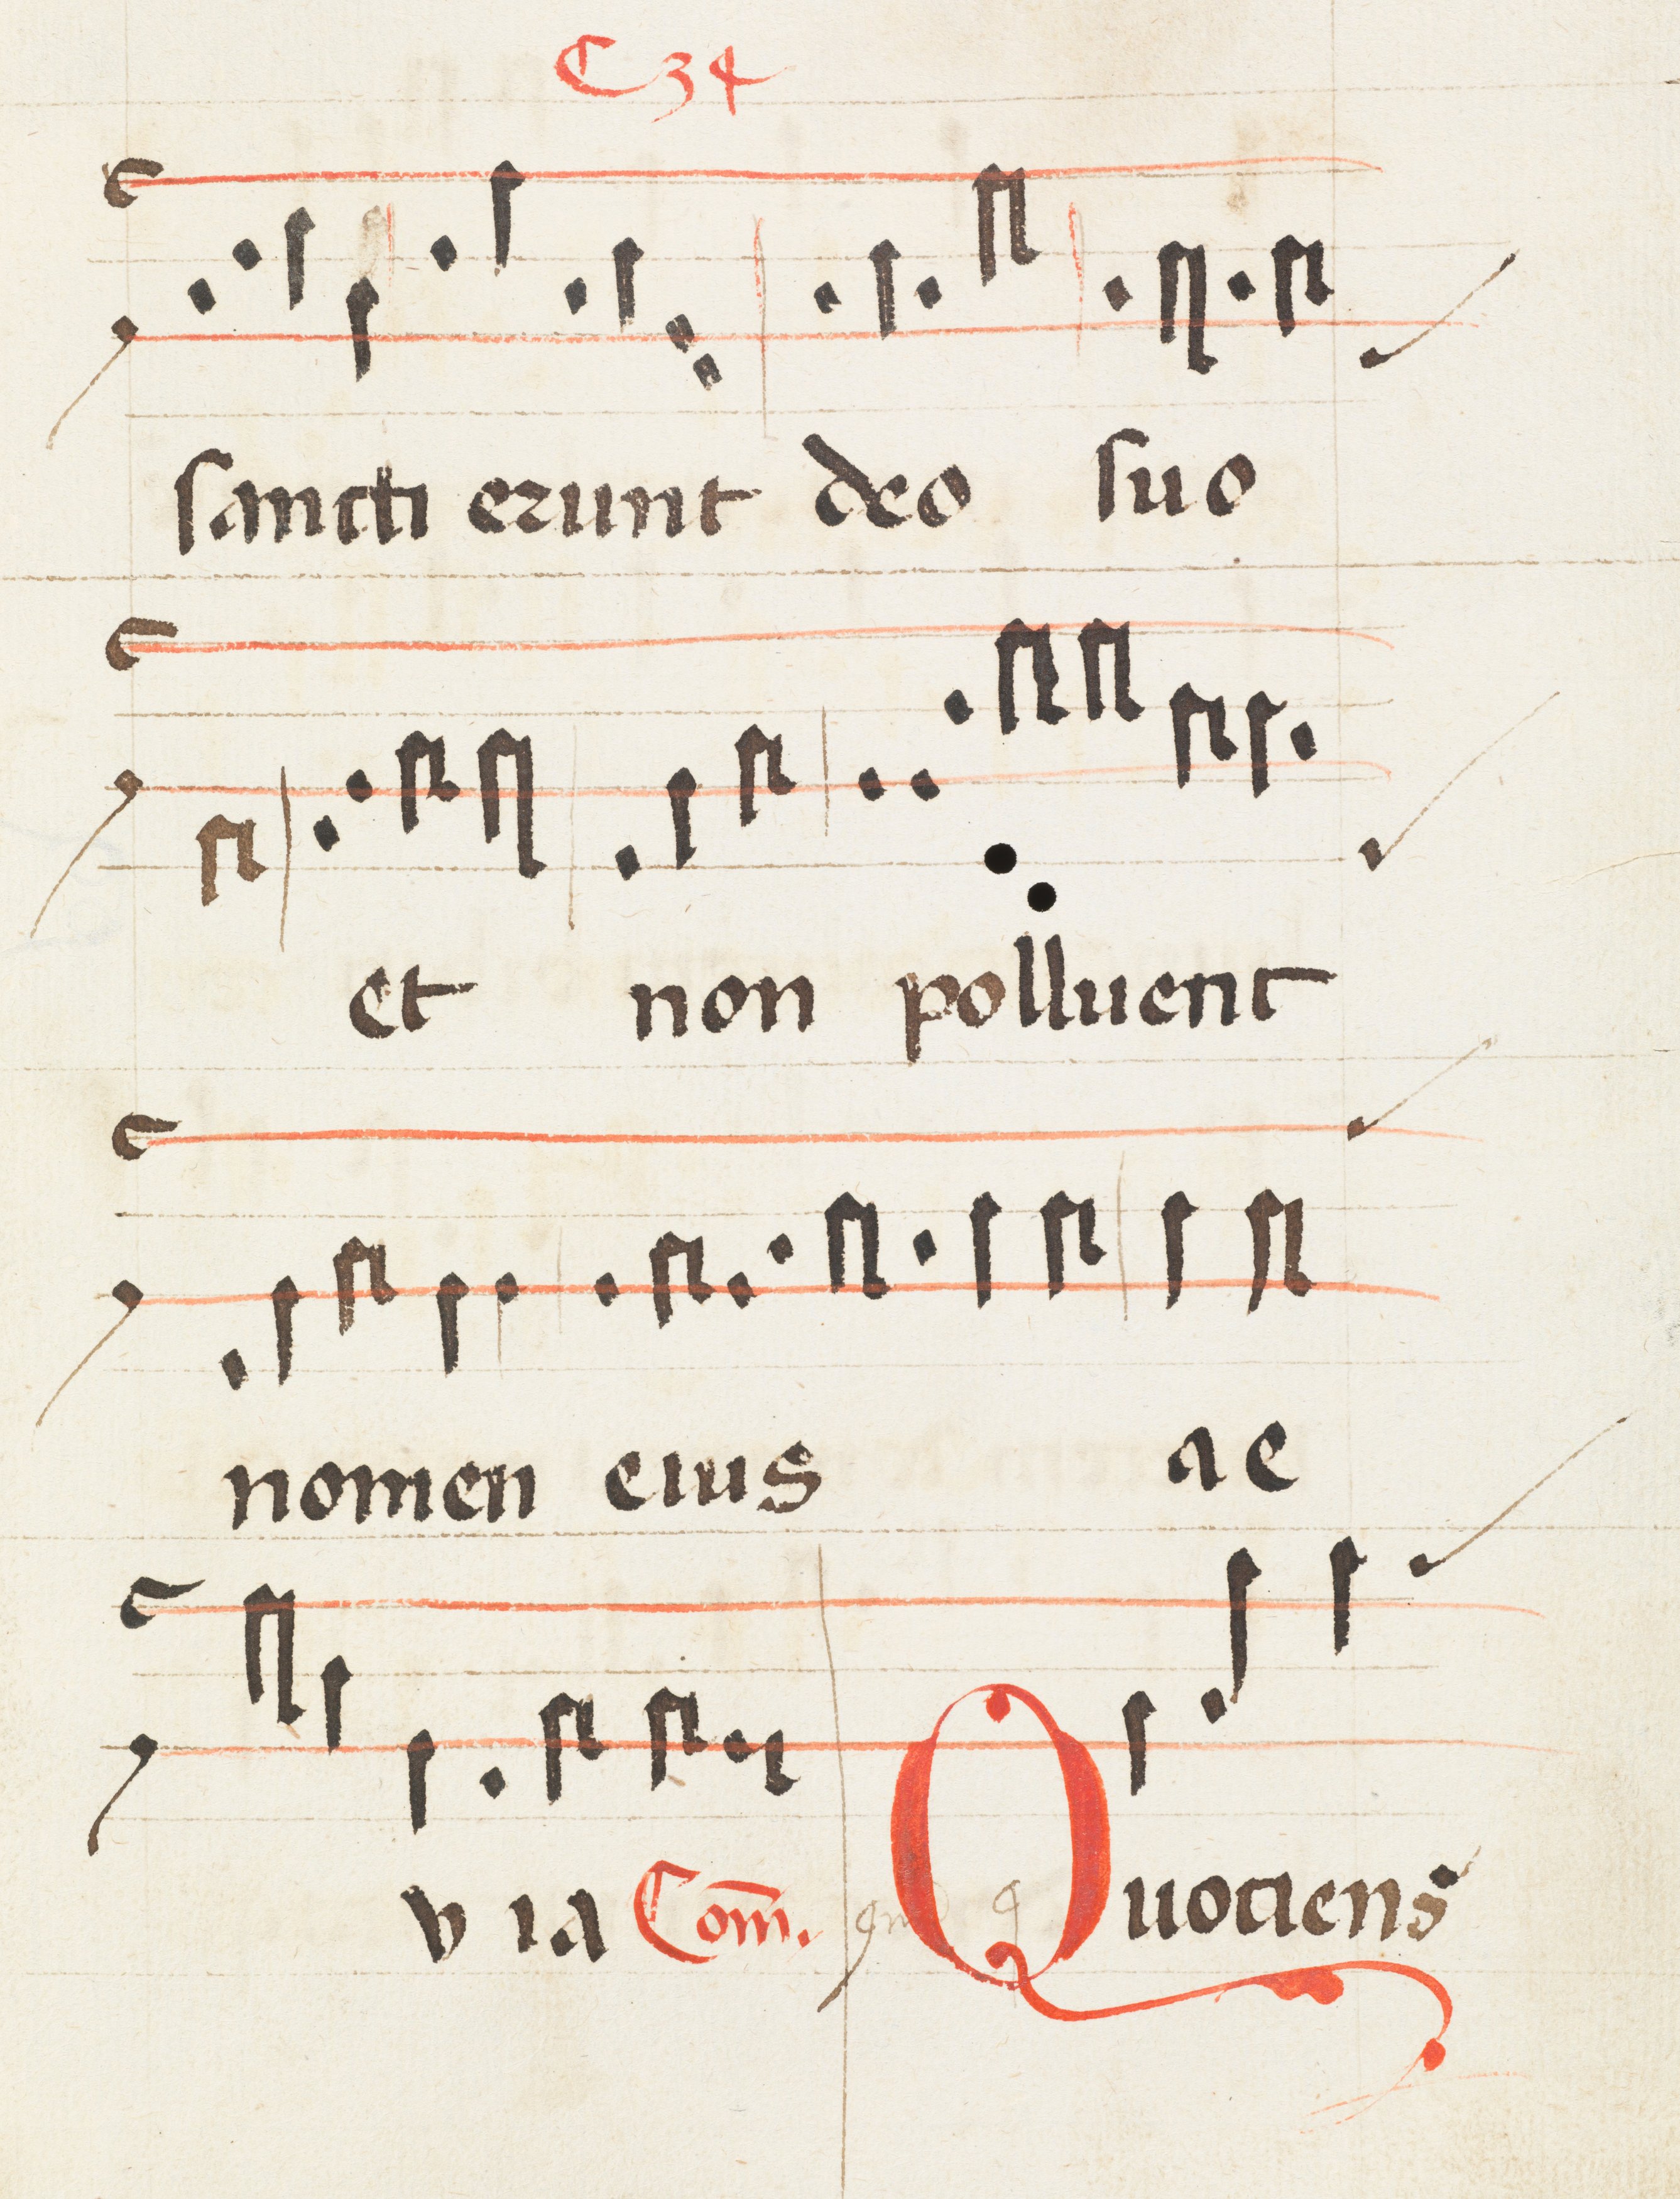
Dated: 1475–1499